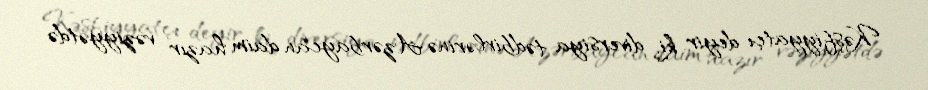
Kəşfiyyatçı deyir ki, diversiya tədbirlərinə Azərbaycan daim hazır vəziyyətdə